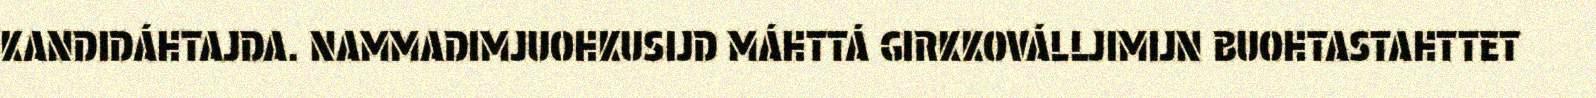
KANDIDÁHTAJDA. NAMMADIMJUOHKUSIJD MÁHTTÁ GIRKKOVÁLLJIMIJN BUOHTASTAHTTET